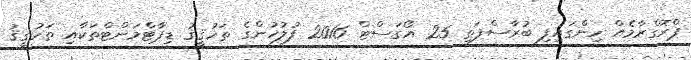
ޕްރޮގްރާމެއް ހިންގައިފި ބުރާސްފަތި 25 އޯގަސްޓް 2016 ފުލުހުންގެ ތަހުޤީޤު ޑިޕާޓްމަންޓްތަކާއި ތަހުޤީޤު